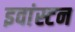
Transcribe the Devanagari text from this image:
इवांस्टन